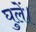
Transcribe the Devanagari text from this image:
घुलें।